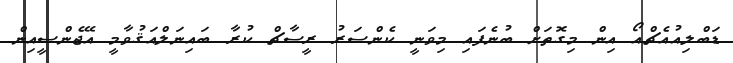
ޑަބްލިއުއެޗްއޯ އިން މިގޮތަށް ބުނެފައި މިވަނީ ކެންސަރު ރީސާޗް ކުރާ ބައިނަލްއަޤުވާމީ އޭޖެންސީއިން